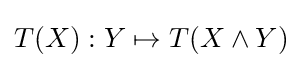
T(X):Y\mapsto T(X\wedge Y)